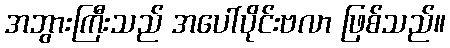
အဘွားကြီးသည် အပေါ်ပိုင်းဗလာ ဖြစ်သည်။